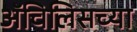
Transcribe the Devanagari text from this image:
ॲचिलिसच्या